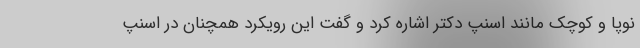
نوپا و کوچک مانند اسنپ دکتر اشاره کرد و گفت این رویکرد همچنان در اسنپ